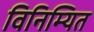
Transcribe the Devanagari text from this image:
विनिम्यित